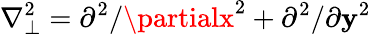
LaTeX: \nabla_{\bot}^{2}=\partial^{2}/\partialx^{2}+\partial^{2}/\partial\mathbf{y}^{2}